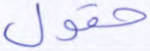
حقول